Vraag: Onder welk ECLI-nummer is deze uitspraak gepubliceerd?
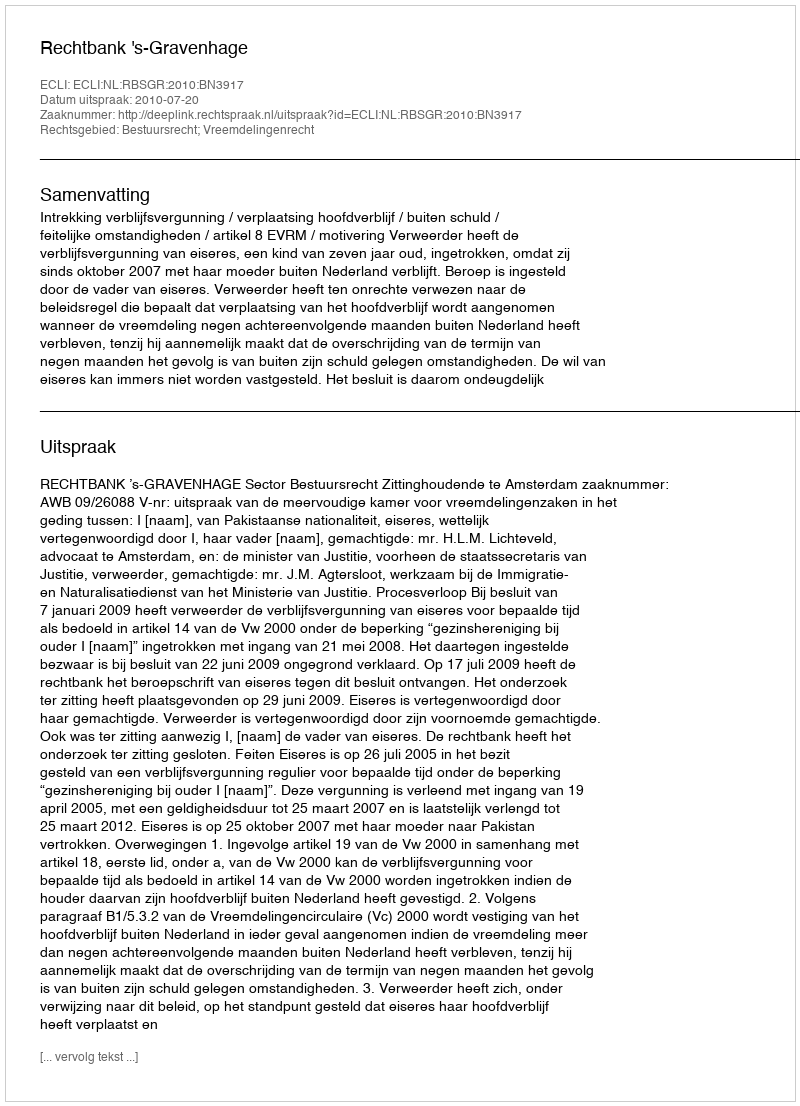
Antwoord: ECLI:NL:RBSGR:2010:BN3917